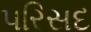
પરિસદ